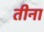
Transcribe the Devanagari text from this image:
तीना